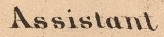
Assistant